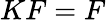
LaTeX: KF=F